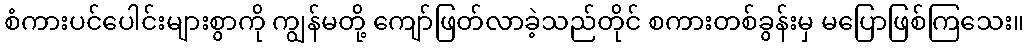
စံကားပင်ပေါင်းများစွာကို ကျွန်မတို့ ကျော်ဖြတ်လာခဲ့သည်တိုင် စကားတစ်ခွန်းမှ မပြောဖြစ်ကြသေး။